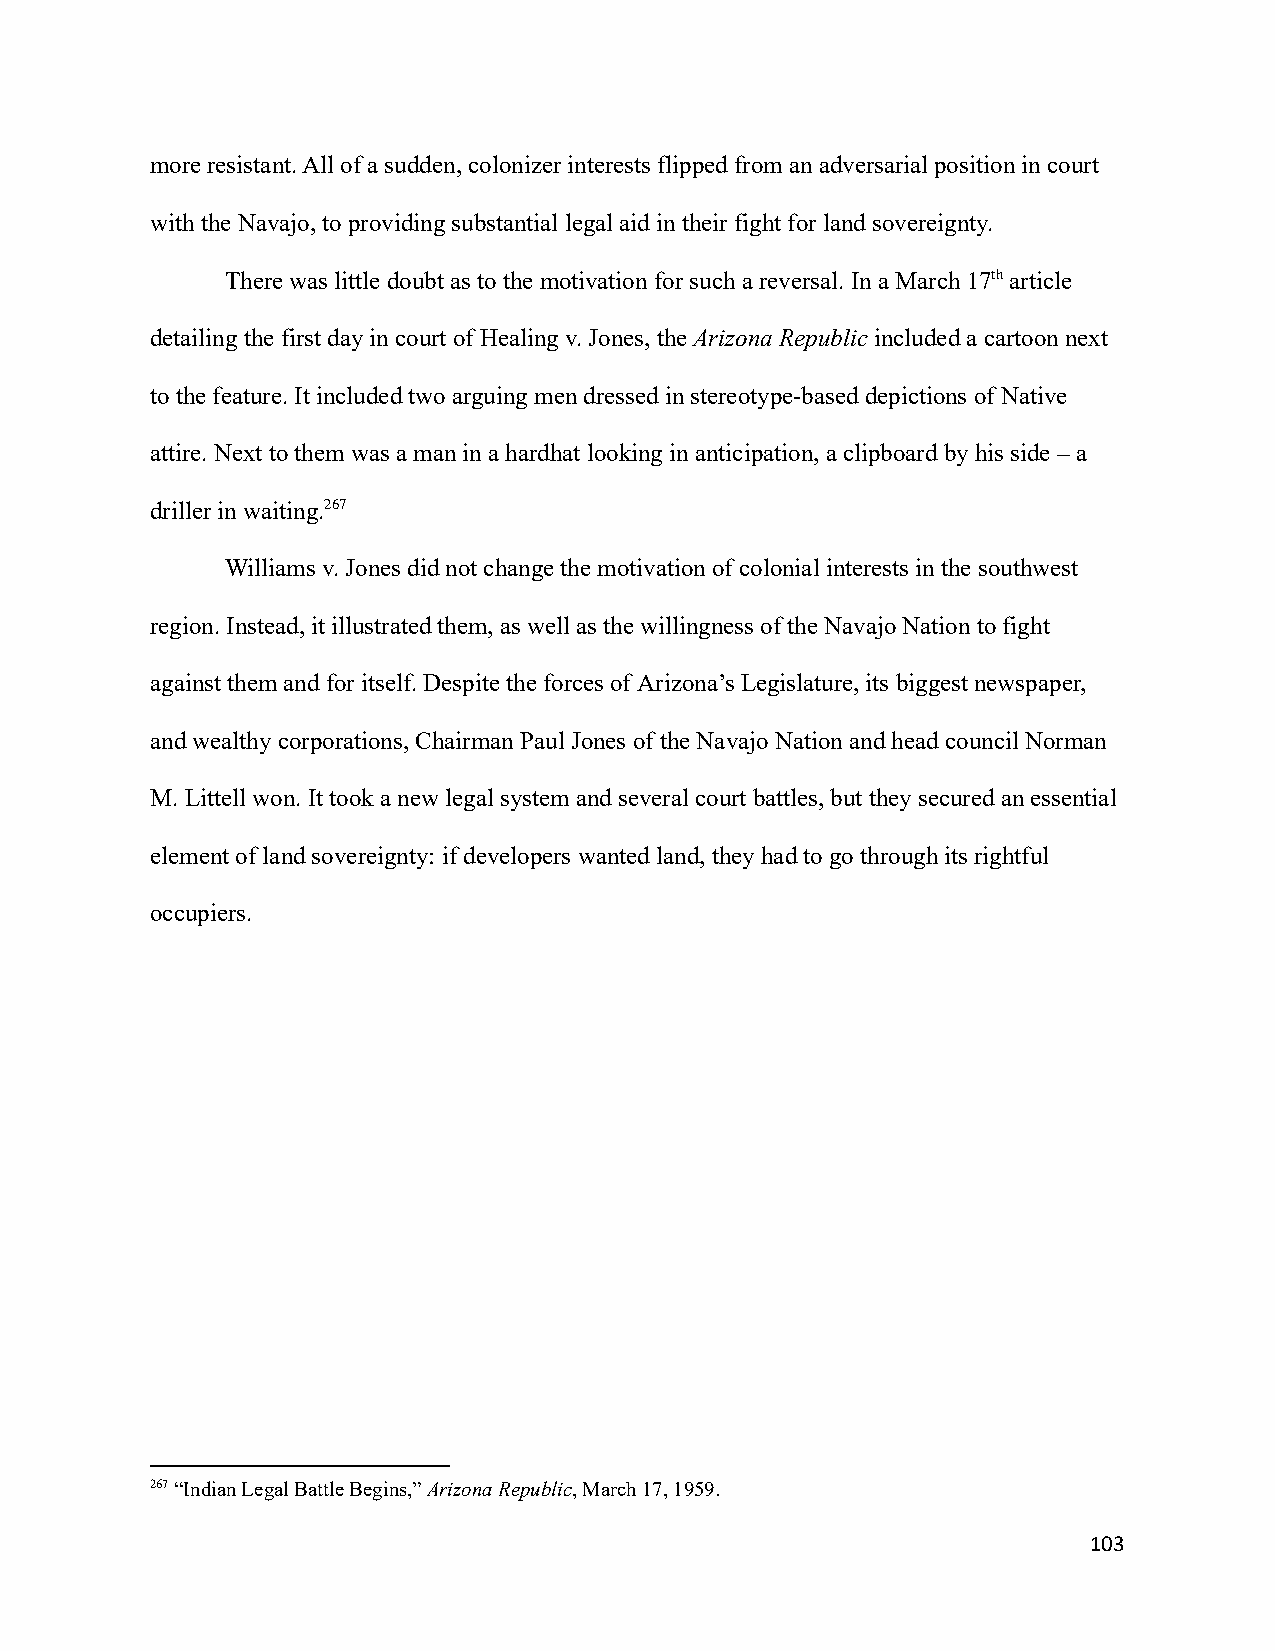
more resistant. All of a sudden, colonizer interests flipped from an adversarial position in court
 with the Navajo, to providing substantial legal aidin their fight for land sovereignty.
 There was little doubt as to the motivation for such a reversal. In a March 17tharticle
 detailing the first day in court of Healing v. Jones, theArizona Republicincluded a cartoon next
 to the feature. It included two arguing men dressedin stereotype-based depictions of Native
 attire. Next to them was a man in a hardhat lookingin anticipation, a clipboard by his side – a
 driller in waiting.267
 Williams v. Jones did not change the motivation ofcolonial interests in the southwest
 region. Instead, it illustrated them, as well as thewillingness of the Navajo Nation to fight
 against them and for itself. Despite the forces ofArizona’s Legislature, its biggest newspaper,
 and wealthy corporations, Chairman Paul Jones of theNavajo Nation and head council Norman
 M.Littell won. It took a new legal system and severalcourt battles, but they secured an essential
 element of land sovereignty: if developers wantedland, they had to go through its rightful
 occupiers.
 267“Indian Legal Battle Begins,”Arizona Republic, March17, 1959.
 103